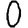
Digit: 0